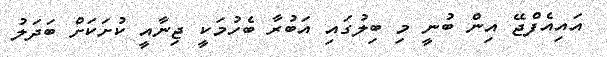
އައިއެފްޖޭ އިން ބުނީ މި ބިލުގައި އަބުރާ ބެހުމަކީ ޖިނާއީ ކުށަކަށް ބަދަލު